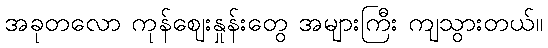
အခုတလော ကုန်ဈေးနှုန်းတွေ အများကြီး ကျသွားတယ်။